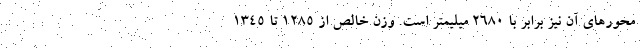
محورهای آن نیز برابر با 2680 میلیمتر است. وزن خالص از 1285 تا 1345